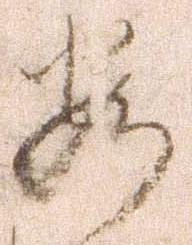
安